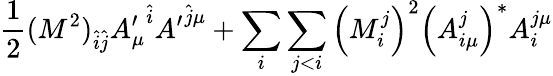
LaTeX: \frac{1}{2}(M^{2})_{\hat{i}\hat{j}}{A_{\mu}^{\prime}}^{\hat{i}}{A^{\prime}}^{\hat{j}\mu}+\sum_{i}\sum_{j<i}\left(M_{i}^{j}\right)^{2}\left(A_{i\mu}^{j}\right)^{*}A_{i}^{j\mu}